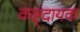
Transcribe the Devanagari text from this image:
कष्ट्दायक